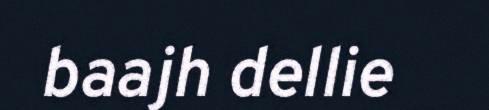
baajh dellie